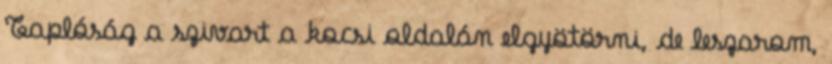
Taplóság a szivart a kocsi oldalán elgyötörni, de leszarom,